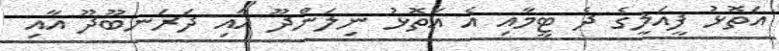
އަތޮޅު ފީއަލީގެ ދެ ޓީމާއި އެ އަތޮޅު ނިލަންދޫ އާއި ދަރަނބޫދޫ އާއި